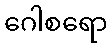
ဂေါစရော